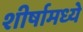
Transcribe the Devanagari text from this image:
शीर्षामध्ये